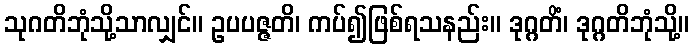
သုဂတိဘုံသို့သာလျှင်။ ဥပပဇ္ဇတိ၊ ကပ်၍ဖြစ်ရသနည်း။ ဒုဂ္ဂတိံ၊ ဒုဂ္ဂတိဘုံသို့။